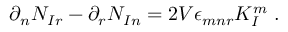
\partial _ { n } N _ { I r } - \partial _ { r } N _ { I n } = 2 V \epsilon _ { m n r } K _ { I } ^ { m } \ .